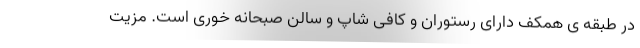
در طبقه ی همکف دارای رستوران و کافی شاپ و سالن صبحانه خوری است. مزیت